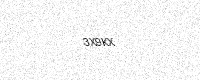
Text: 3X9KX